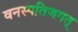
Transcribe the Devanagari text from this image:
वनस्पतिजगत्